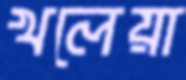
খলেয়া